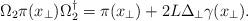
LaTeX: \begin{align*}\Omega_2 \pi(x_\perp) \Omega_2^\dagger = \pi(x_\perp) + {2L}\Delta_\perp \gamma (x_\perp).\end{align*}